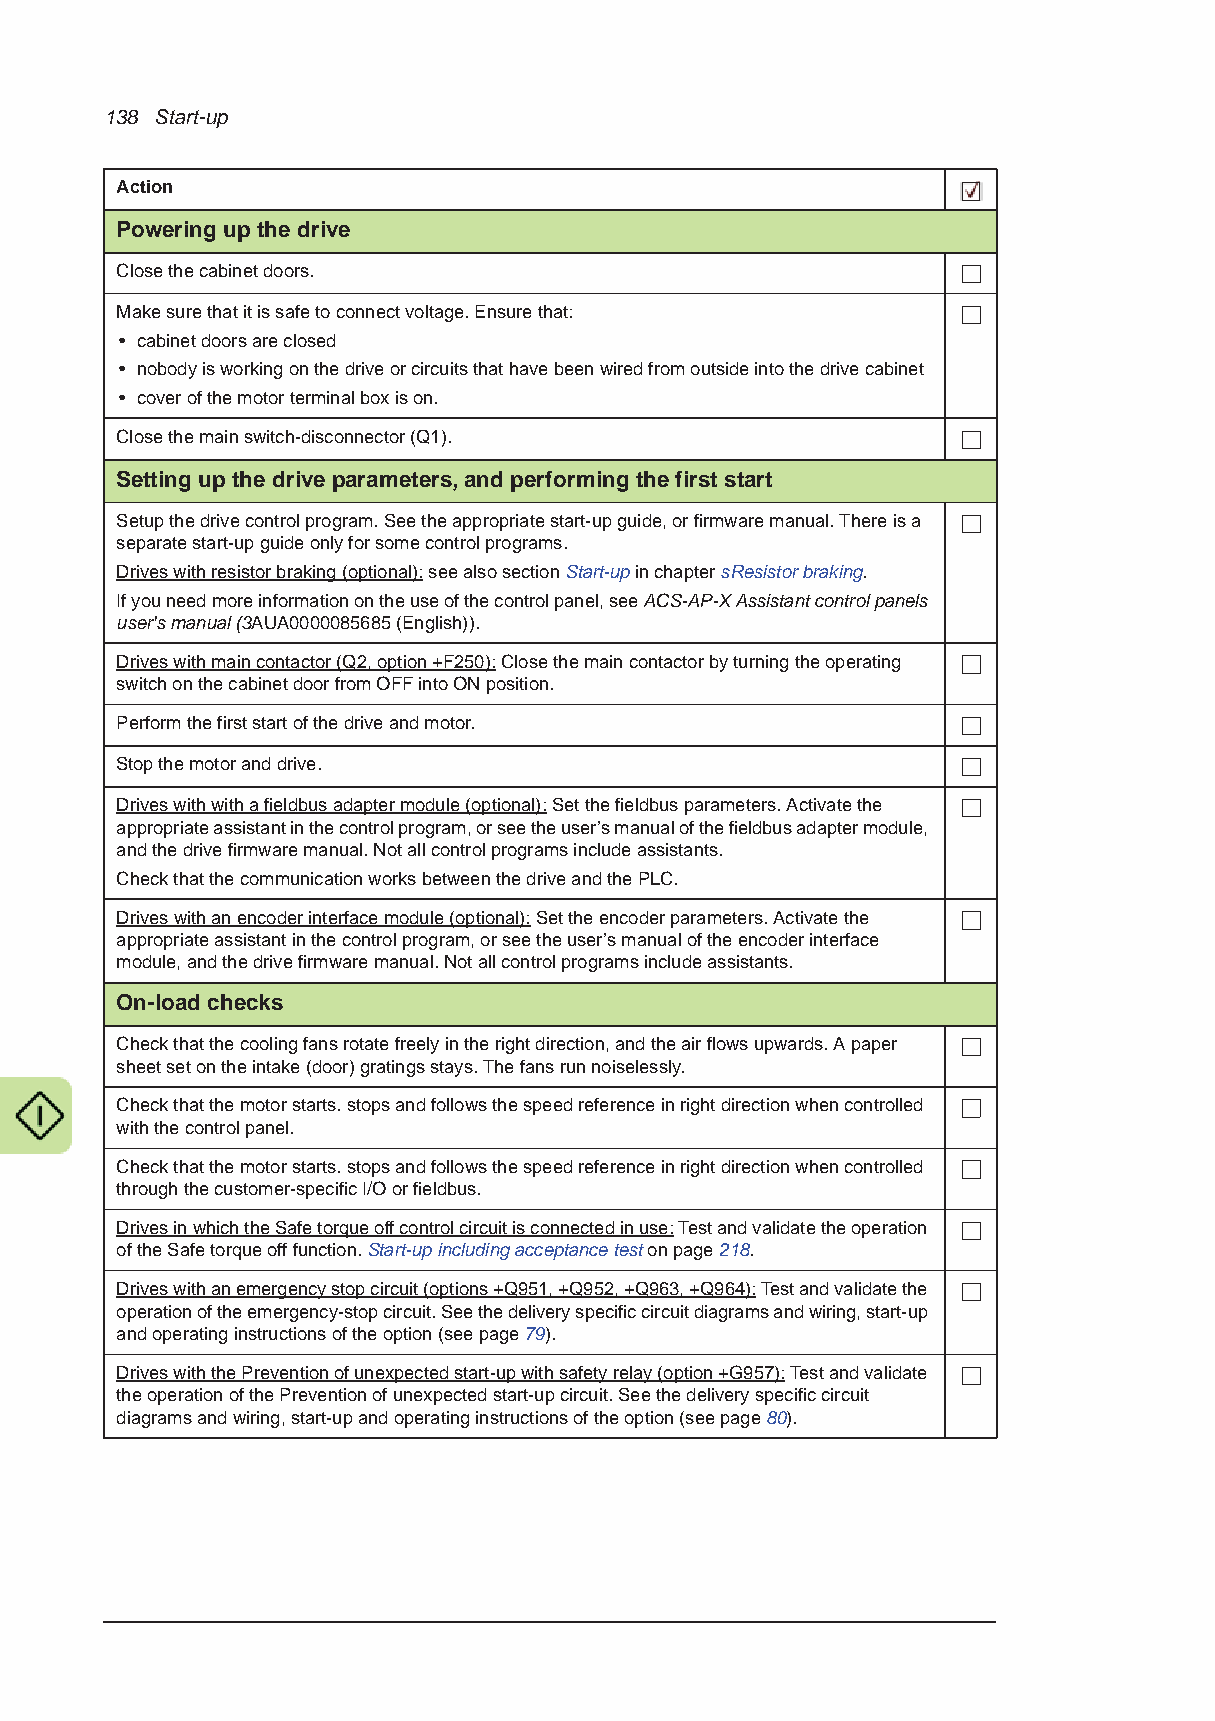
138 Start-up
 Action
 Powering up the drive
 Close the cabinet doors.
 Make sure that it is safe to connect voltage. Ensure that:
 • cabinet doors are closed
 • nobody is working on the drive or circuits that have been wired from outside into the drive cabinet
 • cover of the motor terminal box is on.
 Close the main switch-disconnector (Q1).
 Setting up the drive parameters, and performing the first start
 Setup the drive control program. See the appropriate start-up guide, or firmware manual. There is a
 separate start-up guide only for some control programs.
 Drives with resistor braking (optional): see also section Start-up in chapter sResistor braking.
 If you need more information on the use of the control panel, see ACS-AP-X Assistant control panels
 user's manual (3AUA0000085685 (English)).
 Drives with main contactor (Q2, option +F250): Close the main contactor by turning the operating
 switch on the cabinet door from OFF into ON position.
 Perform the first start of the drive and motor.
 Stop the motor and drive.
 Drives with with a fieldbus adapter module (optional): Set the fieldbus parameters. Activate the
 appropriate assistant in the control program, or see the user’s manual of the fieldbus adapter module,
 and the drive firmware manual. Not all control programs include assistants.
 Check that the communication works between the drive and the PLC.
 Drives with an encoder interface module (optional): Set the encoder parameters. Activate the
 appropriate assistant in the control program, or see the user’s manual of the encoder interface
 module, and the drive firmware manual. Not all control programs include assistants.
 On-load checks
 Check that the cooling fans rotate freely in the right direction, and the air flows upwards. A paper
 sheet set on the intake (door) gratings stays. The fans run noiselessly.
 Check that the motor starts. stops and follows the speed reference in right direction when controlled
 with the control panel.
 Check that the motor starts. stops and follows the speed reference in right direction when controlled
 through the customer-specific I/O or fieldbus.
 Drives in which the Safe torque off control circuit is connected in use: Test and validate the operation
 of the Safe torque off function. Start-up including acceptance test on page 218.
 Drives with an emergency stop circuit (options +Q951, +Q952, +Q963, +Q964): Test and validate the
 operation of the emergency-stop circuit. See the delivery specific circuit diagrams and wiring, start-up
 and operating instructions of the option (see page 79).
 Drives with the Prevention of unexpected start-up with safety relay (option +G957): Test and validate
 the operation of the Prevention of unexpected start-up circuit. See the delivery specific circuit
 diagrams and wiring, start-up and operating instructions of the option (see page 80).